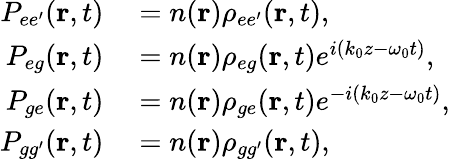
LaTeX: \begin{array}{rl}{P_{ee^{\prime}}(\textbf{r},t)}&{{}=n(\textbf{r})\rho_{ee^{\prime}}(\textbf{r},t),}\\ {P_{eg}(\textbf{r},t)}&{{}=n(\textbf{r})\rho_{eg}(\textbf{r},t)e^{i(k_{0}z-\omega_{0}t)},}\\ {P_{ge}(\textbf{r},t)}&{{}=n(\textbf{r})\rho_{ge}(\textbf{r},t)e^{-i(k_{0}z-\omega_{0}t)},}\\ {P_{gg^{\prime}}(\textbf{r},t)}&{{}=n(\textbf{r})\rho_{gg^{\prime}}(\textbf{r},t),}\end{array}